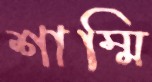
শাম্মি